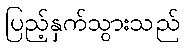
ပြည့်နှက်သွားသည်